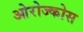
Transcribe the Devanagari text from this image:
ओरोज्कोस